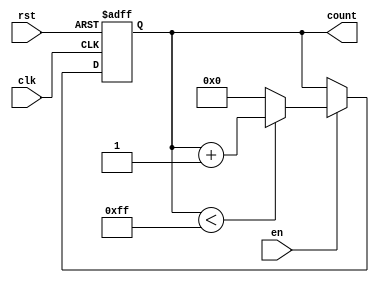
module windowed_counter #(
    parameter COUNTER_WIDTH = 8, // Width of the counter (number of bits)
    parameter WINDOW_SIZE = 256   // Maximum count value (i.e., window size)
)(
    input wire clk,               // Clock input
    input wire rst,               // Asynchronous reset input
    input wire en,                // Enable input
    output reg [COUNTER_WIDTH-1:0] count // Counter output
);

// Ensure the window size does not exceed the limit of the counter width
localparam MAX_COUNT_VALUE = WINDOW_SIZE - 1;

always @(posedge clk or posedge rst) begin
    if (rst) begin
        // Asynchronous reset
        count <= 0;
    end else if (en) begin
        // Increment the counter if enabled
        if (count < MAX_COUNT_VALUE) begin
            count <= count + 1;
        end else begin
            // Wrap-around logic
            count <= 0; // Reset to zero when maximum is reached
        end
    end
end

endmodule